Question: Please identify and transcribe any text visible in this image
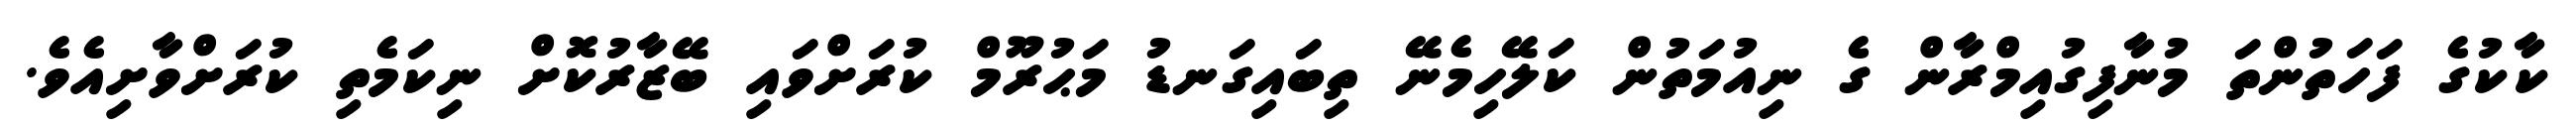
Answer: ކާކުގެ ފަހަތުންތަ މުނާފިގުއިމްރާން ގެ ނިއުމަތުން ކަލޭހިމެނޭ ތިބައިގަނޑު މަޙުރޫމް ކުރަށްވައި ބޭޒާރުކޮށް ނިކަމެތި ކުރަށްވާށިއެވެ.